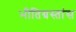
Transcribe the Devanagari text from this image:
भीतिग्रस्तांस